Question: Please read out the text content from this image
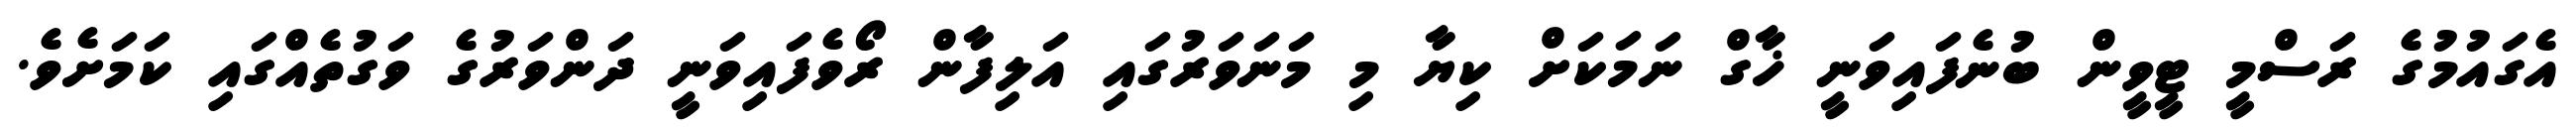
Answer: އެގައުމުގެ ރަސްމީ ޓީވީން ބުނެފައިވަނީ ޚާގް ނަމަކަށް ކިޔާ މި މަނަވަރުގައި އަލިފާން ރޯވެފައިވަނީ ދަންވަރުގެ ވަގުތެއްގައި ކަމަށެވެ.